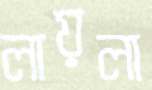
লায়লা